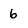
Character: b